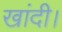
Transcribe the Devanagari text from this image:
खांदी।